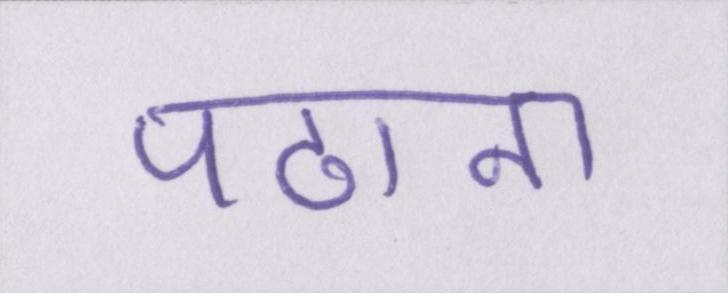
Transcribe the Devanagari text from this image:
पढाना